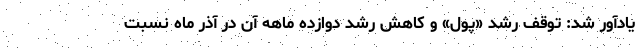
یادآور شد: توقف رشد «پول» و کاهش رشد دوازده ماهه آن در آذر ماه نسبت